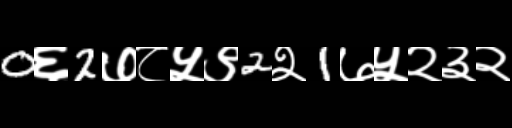
Text: 0६2७८५९2२1७५२३२